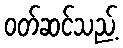
ဝတ်ဆင်သည့်